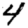
Digit: 4